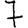
Digit: 7